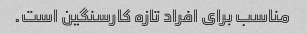
مناسب برای افراد تازه کارسنگین است.